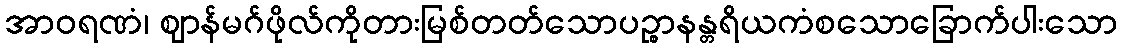
အာဝရဏံ၊ ဈာန်မဂ်ဖိုလ်ကိုတားမြစ်တတ်သောပဉ္စာနန္တရိယကံစသောခြောက်ပါးသော